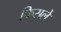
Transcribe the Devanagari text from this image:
फिसलें